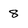
Character: 8